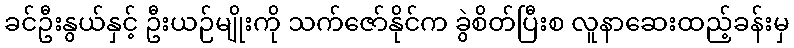
ခင်ဦးနွယ်နှင့် ဦးယဉ်မျိုးကို သက်ဇော်နိုင်က ခွဲစိတ်ပြီးစ လူနာဆေးထည့်ခန်းမှ